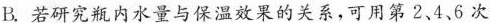
B.若研究瓶内水量与保温效果的关系，可用第2、4、6次